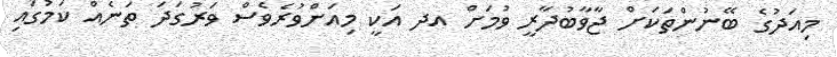
މިއަދުގެ ބޭނުންތަކަށް ޖާވާބުދާރީ ވުމަށް އދ އަކީ މިއަށްވުރެވެސް ވަރުގަދަ ތަނެއް ކަމުގައި